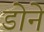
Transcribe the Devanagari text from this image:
डोने